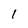
Character: 1